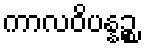
ကာလဝိပန္နဉ္စ